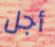
أجل